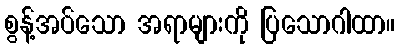
စွန့်အပ်သော အရာများကို ပြသောဂါထာ။